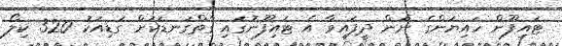
ޓައިފޫން ހައިޔަންގެ ނަން ދީފައިވާ އެ ޓައިފޫނުގައި ގާތްގަނޑަކަށް ގަޑިއަކު 320 ކިލޯ